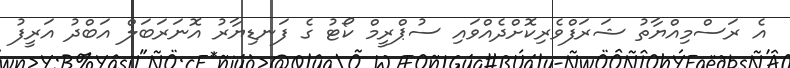
އެ ރަސްމިއްޔާތު ޝަރަފްވެރިކޮށްދެއްވައި ސުޕްރީމް ކޯޓު ގެ ފަނޑިޔާރު އޮނަރަބަލް އަބްދު އަރީފު